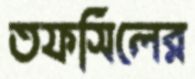
তফসিলের